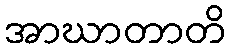
အာဃာတာတိ